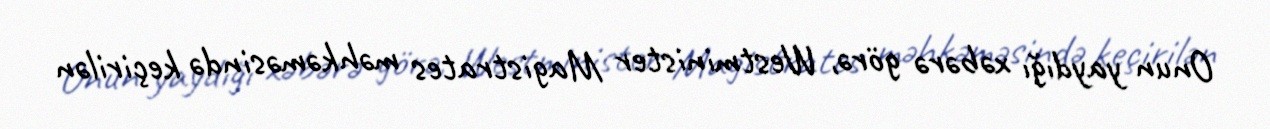
Onun yaydığı xəbərə görə, Westminister Magistrates məhkəməsində keçirilən